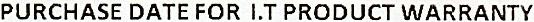
PURCHASE DATE FOR I.T PRODUCT WARRANTY